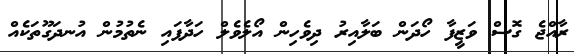
ރާއްޖެ ގޮސް ވަޒީފާ ހޯދަން ބަލާއިރު ދިވެހިން އޯލެވެލް ހަދާފައި ނެތުމުން އުނދަގޫތަކެއް